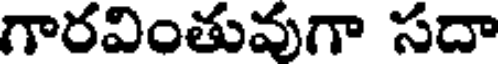
గారవింతువుగా సదా